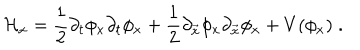
{ \cal H } _ { x } = { \frac { 1 } { 2 } } \partial _ { t } \phi _ { x } \partial _ { t } \phi _ { x } + { \frac { 1 } { 2 } } \partial _ { \vec { x } } \phi _ { x } \partial _ { \vec { x } } \phi _ { x } + V ( \phi _ { x } ) \; .